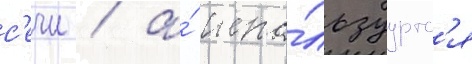
с'ечи / а́ испо́льзуутс'я